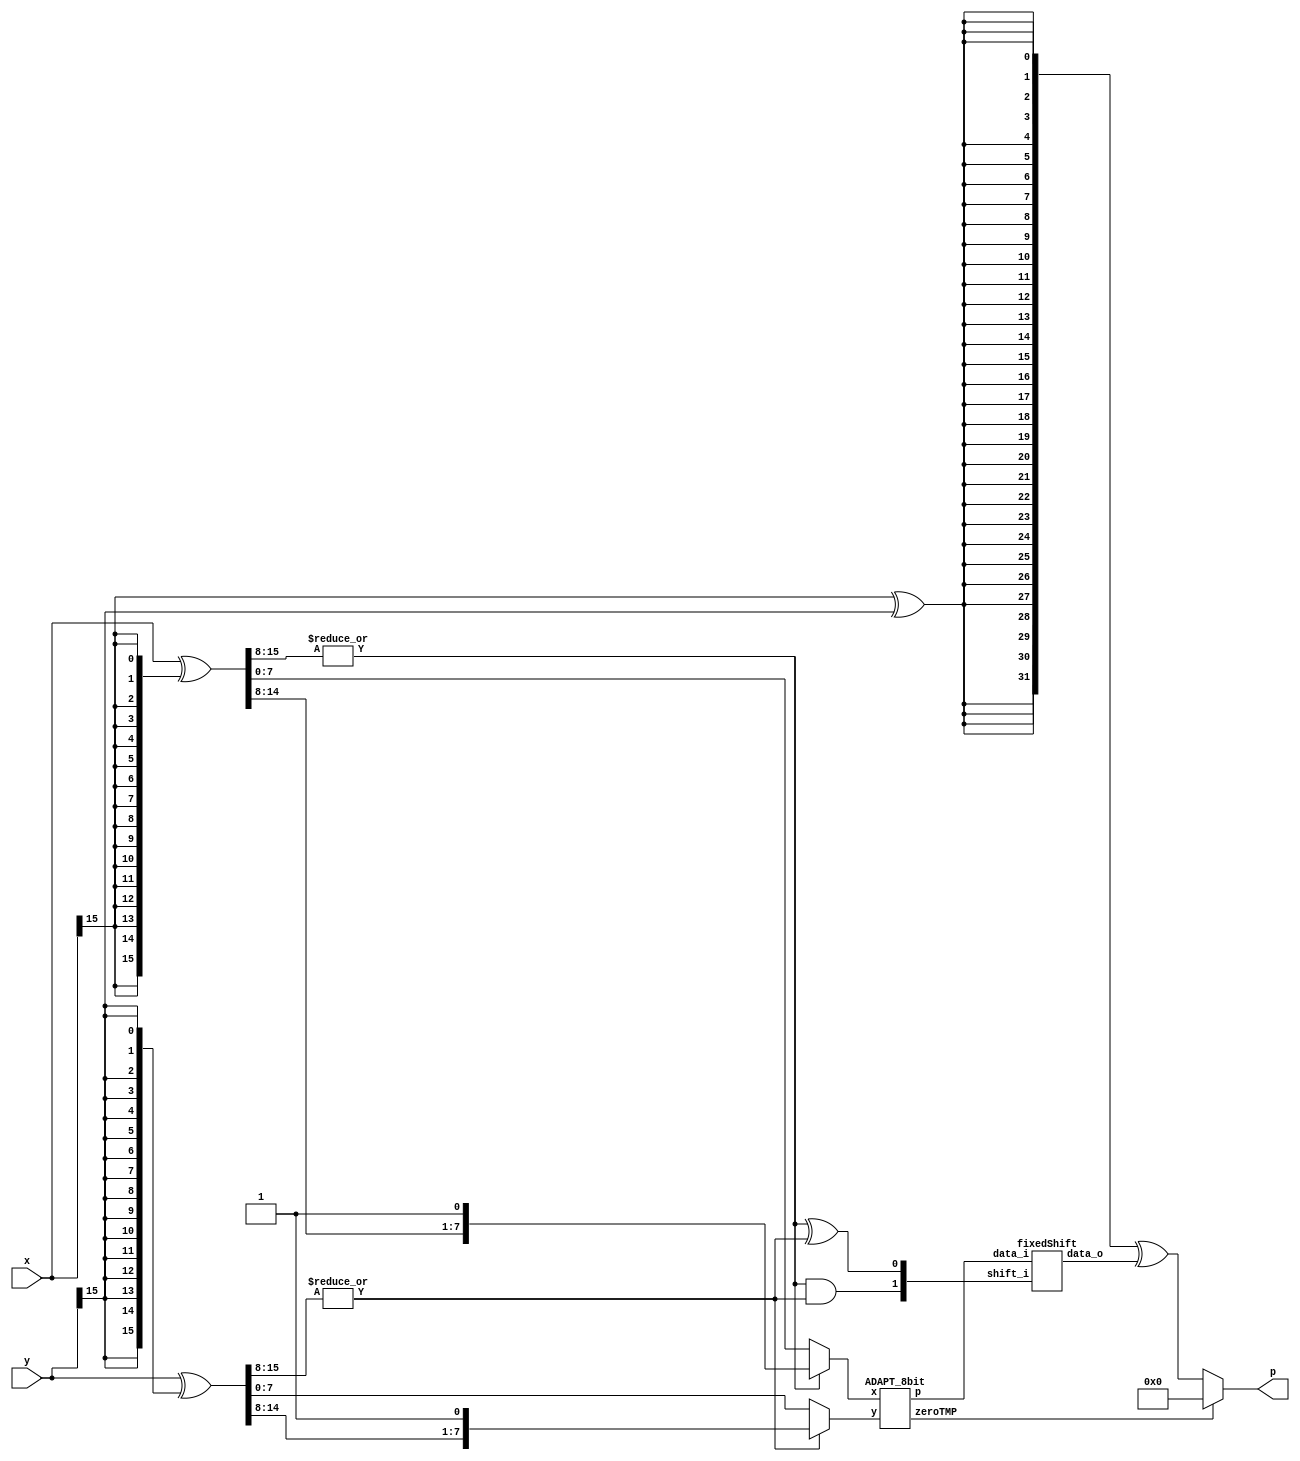
module TL16_8_4(
    input [15:0] x,
    input [15:0] y,
    output [31:0] p
);


    // First complement 
    wire [15:0] x_abs;
    assign x_abs = x ^ {16{x[15]}};

    // is upper n-Q bits zero
    wire not_zeroUpX;
    assign not_zeroUpX = |(x_abs[15:8]);


    wire [7:0] x_up;
    assign x_up = {x_abs[14:8],1'b1};

    wire [7:0] xTMP;
    assign xTMP = not_zeroUpX ? x_up : x_abs[7:0]; 


    // First complement 
    wire [15:0] y_abs;
    assign y_abs = y ^ {16{y[15]}};

    // is upper n-Q bits zero
    wire not_zeroUpY;
    assign not_zeroUpY = |(y_abs[15:8]);

    wire [7:0] y_up;
    assign y_up = {y_abs[14:8],1'b1};

    wire [7:0] yTMP;
    assign yTMP = not_zeroUpY ? y_up : y_abs[7:0]; 

    wire [15:0] pTMP;
    wire zeroTMP;

    ADAPT_8bit Nested(xTMP,yTMP,zeroTMP,pTMP);

    wire [1:0] ctrl_sig;
    assign ctrl_sig[1] = not_zeroUpX & not_zeroUpY;
    assign ctrl_sig[0] = not_zeroUpX ^ not_zeroUpY;

    wire [31:0] p_abs;

    fixedShift FinalShift(pTMP,ctrl_sig,p_abs);

    wire [31:0] p_tmp;

    wire p_sgn;
    assign p_sgn = x[15] ^ y[15];

    assign p_tmp = {32{p_sgn}} ^ p_abs;

    assign p = zeroTMP ? 32'b0 : p_tmp;

endmodule

module fixedShift(
    input [15:0] data_i,
    input [1:0] shift_i,
    output reg [31:0] data_o);
    always @*
        case (shift_i)
            2'b01: data_o = data_i << 7;
            2'b10: data_o = data_i << 14;
            default:  data_o = data_i;
        endcase
endmodule

module ADAPT_8bit(
    input [7:0] x,
    input [7:0] y,
    output zeroTMP,
    output [15:0] p
);

    // First complement 
    wire [7:0] x_abs;
    assign x_abs = x;

    // LOD + Priority Encoder
    wire [7:0] k_x0;
    wire zero_x0,one_x0;
    wire [3:0] k_x0_enc;

    LOD8 lod_x0(
        .data_i(x_abs),
        .zero_o(zero_x0),
        .data_o(k_x0),
        .data_enc(k_x0_enc));

    // LBarrel 
    wire [3:0] x_shift;

    LBarrel Lshift_x0(
            .data_i(x_abs),
            .shift_i(k_x0),
            .data_o(x_shift));

    // First complement 
    wire [7:0] y_abs;
    assign y_abs = y;

    // LOD + Priority Encoder
    wire [7:0] k_y0;
    wire zero_y0,one_y0;
    wire [3:0] k_y0_enc;

    LOD8 lod_y0(
        .data_i(y_abs),
        .zero_o(zero_y0),
        .data_o(k_y0),
        .data_enc(k_y0_enc));

    // LBarrel 
    wire [3:0] y_shift;

    LBarrel Lshift_y0(
            .data_i(y_abs),
            .shift_i(k_y0),
            .data_o(y_shift));


    // Addition 
    wire [8:0] x_log;
    wire [8:0] y_log;
    wire [8:0] p_log;

    assign x_log = {1'b0,k_x0_enc,x_shift};
    assign y_log = {1'b0,k_y0_enc,y_shift};


    assign p_log = x_log + y_log;

    //

    // Antilogarithm stage
    wire [15:0] PP_abs; //2*(n-q)
    wire [5:0] l1_input;
    wire p_sign;
    wire [15:0] PP_tmp; 
    
    assign l1_input = {1'b1,p_log[3:0]};
   
    L1Barrel L1shift_plog(
        .data_i(l1_input),
        .shift_i(p_log[8:4]),
        .data_o(p));

    assign zeroTMP = (zero_x0 | zero_y0);

endmodule


module LOD8(
    input [7:0] data_i,
    output zero_o,
    output [7:0] data_o,
    output [3:0] data_enc
    );
	
    wire [8:0] z;
    wire [2:0] zdet;
    wire [2:0] select;
    wire zero_h;
    wire zero_l;
    //*****************************************
    // Zero and one detection logic:
    //*****************************************
    assign zdet[2] = 1'b0;
    assign zdet[1] = |(data_i[7:4]) ;
    assign zdet[0] = |(data_i[3:0]) ;
    assign zero_o  = ~( zdet[2]  | zdet[1] | zdet[0]  );


    //*****************************************
    // LODs:
    //*****************************************
    LOD4 lod4_2 (
        .data_i(data_i[7:4]), 
        .data_o(z[7:4])
    );

    LOD4 lod4_1 (
        .data_i(data_i[3:0]), 
        .data_o(z[3:0])
    );
    assign z[8] = zdet[2];
    //*****************************************
    // Select signals
    //*****************************************    
    LOD3 Middle(
        .data_i(zdet), 
        .data_o(select)       
    );

	 //*****************************************
	 // Multiplexers :
	 //*****************************************
	wire [8:0] tmp_out;
	
    assign tmp_out[8] = z[8];

    assign select[2] = zdet[2];

    Muxes2in1Array4 Inst_MUX214_3 (
        .data_i(z[7:4]), 
        .select_i(select[1]), 
        .data_o(tmp_out[7:4])
    );


	Muxes2in1Array4 Inst_MUX214_2 (
        .data_i(z[3:0]), 
        .select_i(select[0]), 
        .data_o(tmp_out[3:0])
    );


    // Enconding
    wire [2:0] low_enc; 
    assign low_enc = tmp_out[3:1] | tmp_out[7:5];


    assign data_enc[3] = select[2];
    assign data_enc[2] = select[1];
    assign data_enc[1] = low_enc[2] | low_enc[1];
    assign data_enc[0] = low_enc[2] | low_enc[0];


    // One hot
    assign data_o = tmp_out;

endmodule

module LOD4(
    input [3:0] data_i,
    output [3:0] data_o
    );
	 
    
    wire mux0;
    wire mux1;
    wire mux2;
    
    // multiplexers:
    assign mux2 = (data_i[3]==1) ? 1'b0 : 1'b1;
    assign mux1 = (data_i[2]==1) ? 1'b0 : mux2;
    assign mux0 = (data_i[1]==1) ? 1'b0 : mux1;
    
    //gates and IO assignments:
    assign data_o[3] = data_i[3];
    assign data_o[2] =(mux2 & data_i[2]);
    assign data_o[1] =(mux1 & data_i[1]);
    assign data_o[0] =(mux0 & data_i[0]);

endmodule

module LOD3(
    input [2:0] data_i,
    output [2:0] data_o
    );
	 
	 
	 //gates and IO assignments:
	 assign data_o[2] = data_i[2];
	 assign data_o[1] =(~data_i[2] & data_i[1]);
	 assign data_o[0] =(~data_i[2] & ~data_i[1] & data_i[0]);


endmodule

module Muxes2in1Array4(
    input [3:0] data_i,
    input select_i,
    output [3:0] data_o
    );

	assign data_o[3] = select_i ? data_i[3] : 1'b0;
	assign data_o[2] = select_i ? data_i[2] : 1'b0;
	assign data_o[1] = select_i ? data_i[1] : 1'b0;
	assign data_o[0] = select_i ? data_i[0] : 1'b0;
	
endmodule

module LBarrel(
    input [7:0] data_i,
    input [7:0] shift_i,
    output [3:0] data_o);
    
    assign data_o[3] = |(data_i[6:0] & shift_i[7:1]);

    assign data_o[2] = |(data_i[5:0] & shift_i[7:2]);

    assign data_o[1] = |(data_i[4:0] & shift_i[7:3]);
    
    assign data_o[0] = 1'b1;
        
endmodule

module L1Barrel(
    input [5:0] data_i,
    input [4:0] shift_i,
    output [15:0] data_o);
    reg [19:0] tmp; //2n+w-2q
    always @*
        case (shift_i)
           5'b00000: tmp = data_i;
           5'b00001: tmp = data_i << 1;
           5'b00010: tmp = data_i << 2;
           5'b00011: tmp = data_i << 3;
           5'b00100: tmp = data_i << 4;
           5'b00101: tmp = data_i << 5;
           5'b00110: tmp = data_i << 6;
           5'b00111: tmp = data_i << 7;
           5'b01000: tmp = data_i << 8;
           5'b01001: tmp = data_i << 9;
           5'b01010: tmp = data_i << 10;
           5'b01011: tmp = data_i << 11;
           5'b01100: tmp = data_i << 12;
           5'b01101: tmp = data_i << 13;
           5'b01110: tmp = data_i << 14;
           default:  tmp = data_i << 15;
        endcase
        assign data_o = tmp[19:4];
endmodule